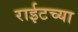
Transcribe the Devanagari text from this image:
राईटच्या